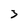
Character: 3